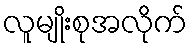
လူမျိုးစုအလိုက်